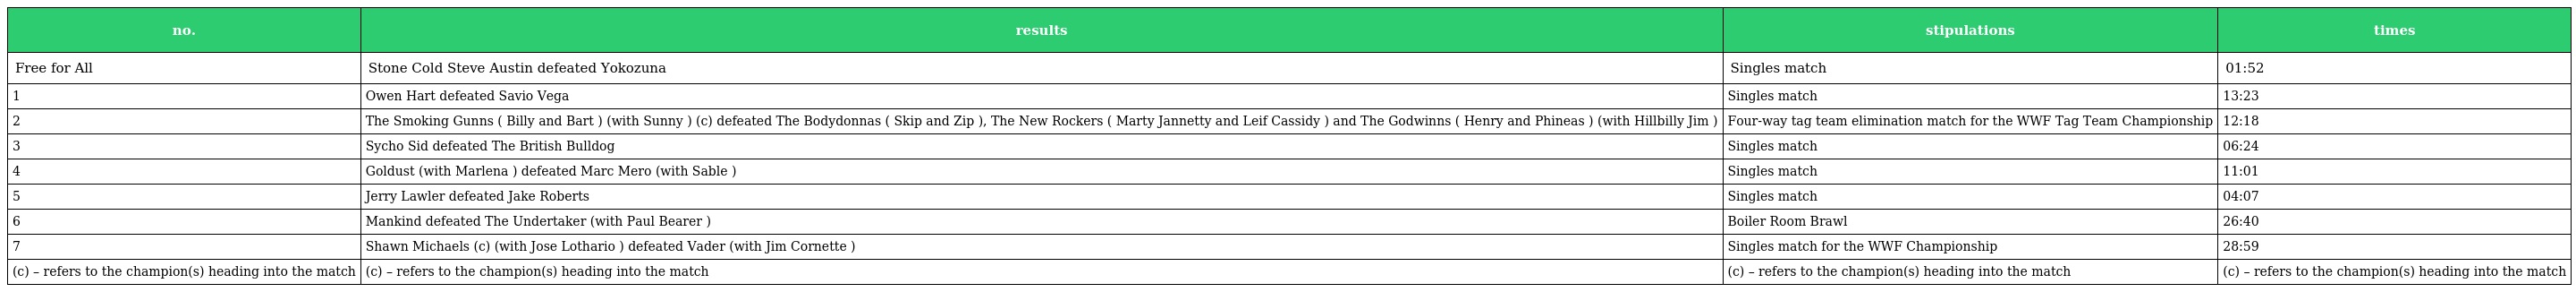
| no. | results | stipulations | times |
 | --- | --- | --- | --- |
 | Free for All | Stone Cold Steve Austin defeated Yokozuna | Singles match | 01:52 |
 | 1 | Owen Hart defeated Savio Vega | Singles match | 13:23 |
 | 2 | The Smoking Gunns ( Billy and Bart ) (with Sunny ) (c) defeated The Bodydonnas ( Skip and Zip ), The New Rockers ( Marty Jannetty and Leif Cassidy ) and The Godwinns ( Henry and Phineas ) (with Hillbilly Jim ) | Four-way tag team elimination match for the WWF Tag Team Championship | 12:18 |
 | 3 | Sycho Sid defeated The British Bulldog | Singles match | 06:24 |
 | 4 | Goldust (with Marlena ) defeated Marc Mero (with Sable ) | Singles match | 11:01 |
 | 5 | Jerry Lawler defeated Jake Roberts | Singles match | 04:07 |
 | 6 | Mankind defeated The Undertaker (with Paul Bearer ) | Boiler Room Brawl | 26:40 |
 | 7 | Shawn Michaels (c) (with Jose Lothario ) defeated Vader (with Jim Cornette ) | Singles match for the WWF Championship | 28:59 |
 | (c) – refers to the champion(s) heading into the match | (c) – refers to the champion(s) heading into the match | (c) – refers to the champion(s) heading into the match | (c) – refers to the champion(s) heading into the match |